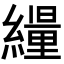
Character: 𦆊